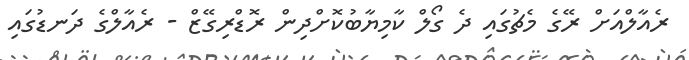
ރެއާލްއަށް ރޭގެ މެޗުގައި ދެ ގޯލް ކާމިޔާބުކޮށްދިން ރޮޑްރިގޭޒް - ރެއާލްގެ ދަނޑުގައި